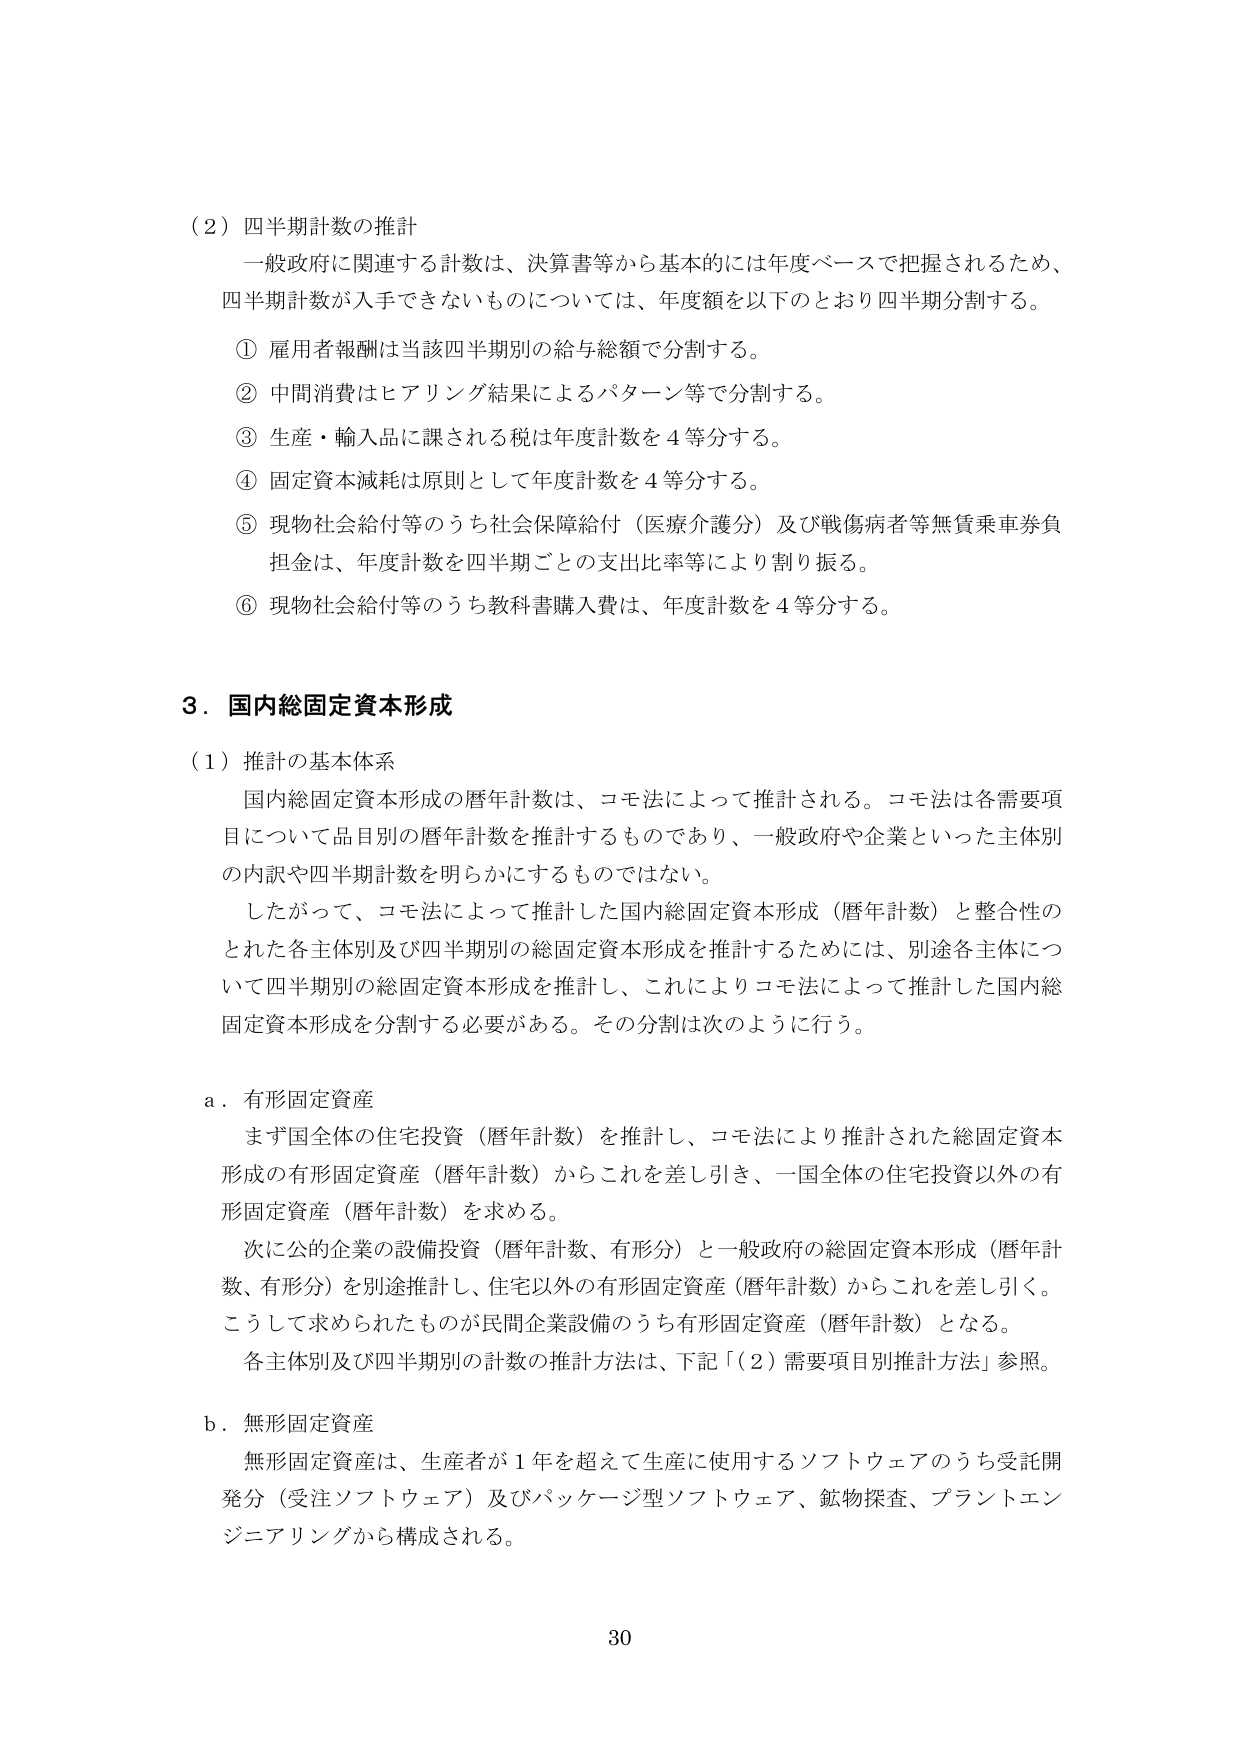
（２）四半期計数の推計
一般政府に関連する計数は、決算書等から基本的には年度ベースで把握されるため、
四半期計数が入手できないものについては、年度額を以下のとおり四半期分割する。

① 雇用者報酬は当該四半期別の給与総額で分割する。
② 中間消費はヒアリング結果によるパターン等で分割する。
③ 生産・輸入品に課される税は年度計数を４等分する。
④ 固定資本減耗は原則として年度計数を４等分する。
⑤ 現物社会給付等のうち社会保障給付（医療介護分）及び戦傷病者等無賃乗車券負担金は、年度計数を四半期ごとの支出比率等により割り振る。
⑥ 現物社会給付等のうち教科書購入費は、年度計数を４等分する。

３．国内総固定資本形成

（１）推計の基本体系
国内総固定資本形成の暦年計数は、コモ法によって推計される。コモ法は各需要項目について品目別の暦年計数を推計するものであり、一般政府や企業といった主体別の内訳や四半期計数を明らかにするものではない。
したがって、コモ法によって推計した国内総固定資本形成（暦年計数）と整合性のとれた各主体別及び四半期別の総固定資本形成を推計するためには、別途各主体について四半期別の総固定資本形成を推計し、これによりコモ法によって推計した国内総固定資本形成を分割する必要がある。その分割は次のように行う。

ａ．有形固定資産
まず国全体の住宅投資（暦年計数）を推計し、コモ法により推計された総固定資本形成の有形固定資産（暦年計数）からこれを差し引き、一国全体の住宅投資以外の有形固定資産（暦年計数）を求める。
次に公の企業の設備投資（暦年計数、有形分）と一般政府の総固定資本形成（暦年計数、有形分）を別途推計し、住宅以外の有形固定資産（暦年計数）からこれを差し引く。こうして求められたものが民間企業設備のうち有形固定資産（暦年計数）となる。
各主体別及び四半期別の計数の推計方法は、下記「（２）需要項目別推計方法」参照。

ｂ．無形固定資産
無形固定資産は、生産者が１年を超えて生産に使用するソフトウェアのうち受託開発分（受注ソフトウェア）及びパッケージ型ソフトウェア、鉱物探査、プラントエンジニアリングから構成される。

30